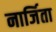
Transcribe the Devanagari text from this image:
नार्जिता